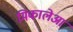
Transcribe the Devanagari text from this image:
मिकालेआ